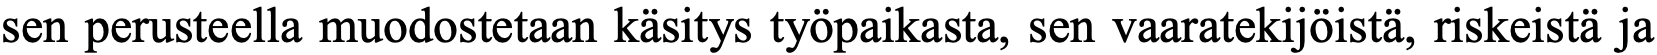
sen perusteella muodostetaan käsitys työpaikasta, sen vaaratekijöistä, riskeistä ja